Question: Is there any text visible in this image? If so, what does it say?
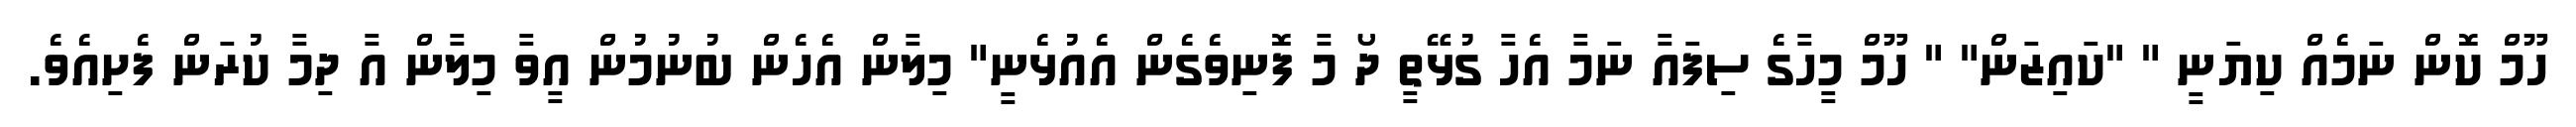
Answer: ހޫމް ކޮން ނަމެއް ކިޔަނީ " "ކައިޒަން" " ހޫމް މީހާގެ ސިފައާ ނަމާ އެހާ ގުޅޭތީ ދޯ މާ ފޮނިވެގެން އެއުޅެނީ" މިލާން އެހެން ބުނުމުން އީވާ މިލާން އާ ދިމާ ކުރަން ފެށިއެވެ.